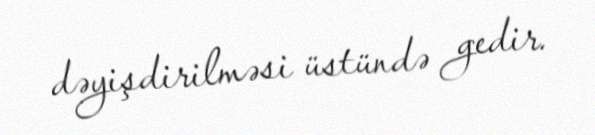
dəyişdirilməsi üstündə gedir.